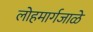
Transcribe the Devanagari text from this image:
लोहमार्गजाळे